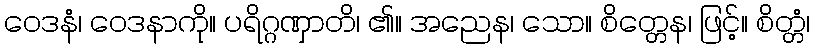
ဝေဒနံ၊ ဝေဒနာကို။ ပရိဂ္ဂဏှာတိ၊ ၏။ အညေန၊ သော။ စိတ္တေန၊ ဖြင့်။ စိတ္တံ၊